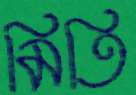
মিতি